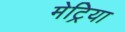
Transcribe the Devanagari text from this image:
मेट्रिया